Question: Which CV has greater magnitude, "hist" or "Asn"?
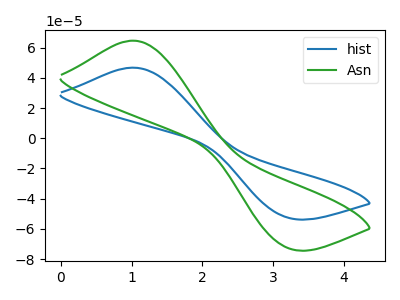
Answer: <think>The blue curve "hist" has an anodic peak at (1.00V, 46.75uA) and a cathodic peak at (3.20V, -52.60uA). The green curve "Asn" has an anodic peak at (1.00V, 64.65uA) and a cathodic peak at (3.20V, -72.70uA).
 All the peaks in "hist" have a peak in "Asn" at the same potential. Every peak in "hist" is lower than every peak in "Asn".</think>
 <answer>"hist" has less signal than "Asn".</answer>
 <eval>less_signal</eval>